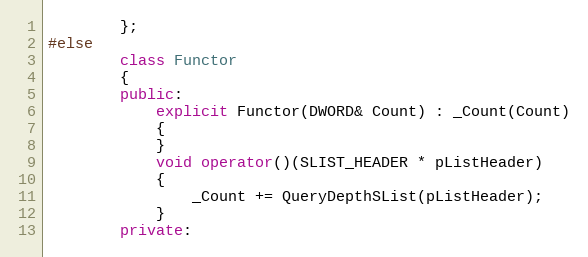
Language: C++
        };
#else
        class Functor
        {
        public:
            explicit Functor(DWORD& Count) : _Count(Count)
            {
            }
            void operator()(SLIST_HEADER * pListHeader)
            {
                _Count += QueryDepthSList(pListHeader);
            }
        private: